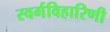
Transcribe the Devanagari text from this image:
स्वर्गविहारिणी